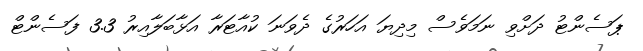
ޕަސެންޓު ދަށްވި ނަމަވެސް މިދިޔަ އަހަރުގެ ދެވަނަ ކުއާޓަރާ އަޅާބަލާއިރު 3.3 ފަސެންޓް